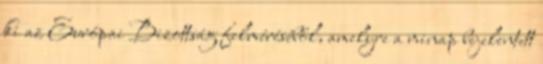
ki az Európai Bizottság felméréséből, amelyre a minap bejelentett